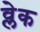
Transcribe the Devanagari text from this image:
व्लेक